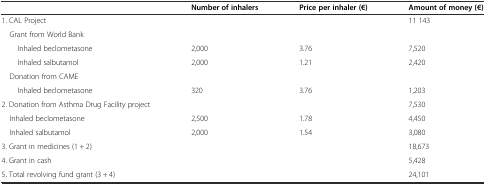
|  | Number of inhalers | Price per inhaler (€) | Amount of money (€) |
 | --- | --- | --- | --- |
 | 1. CAL Project |  |  | 11 143 |
 | Grant from World Bank |  |  |  |
 | Inhaled beclometasone | 2,000 | 3.76 | 7,520 |
 | Inhaled salbutamol | 2,000 | 1.21 | 2,420 |
 | Donation from CAME |  |  |  |
 | Inhaled beclometasone | 320 | 3.76 | 1,203 |
 | 2. Donation from Asthma Drug Facility project |  |  | 7,530 |
 | Inhaled beclometasone | 2,500 | 1.78 | 4,450 |
 | Inhaled salbutamol | 2,000 | 1.54 | 3,080 |
 | 3. Grant in medicines (1 + 2) |  |  | 18,673 |
 | 4. Grant in cash |  |  | 5,428 |
 | 5. Total revolving fund grant (3 + 4) |  |  | 24,101 |